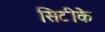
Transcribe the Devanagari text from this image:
सिटीके